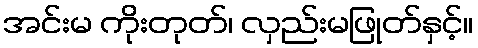
အင်းမ ကိုးတုတ်၊ လှည်းမဖြုတ်နှင့်။